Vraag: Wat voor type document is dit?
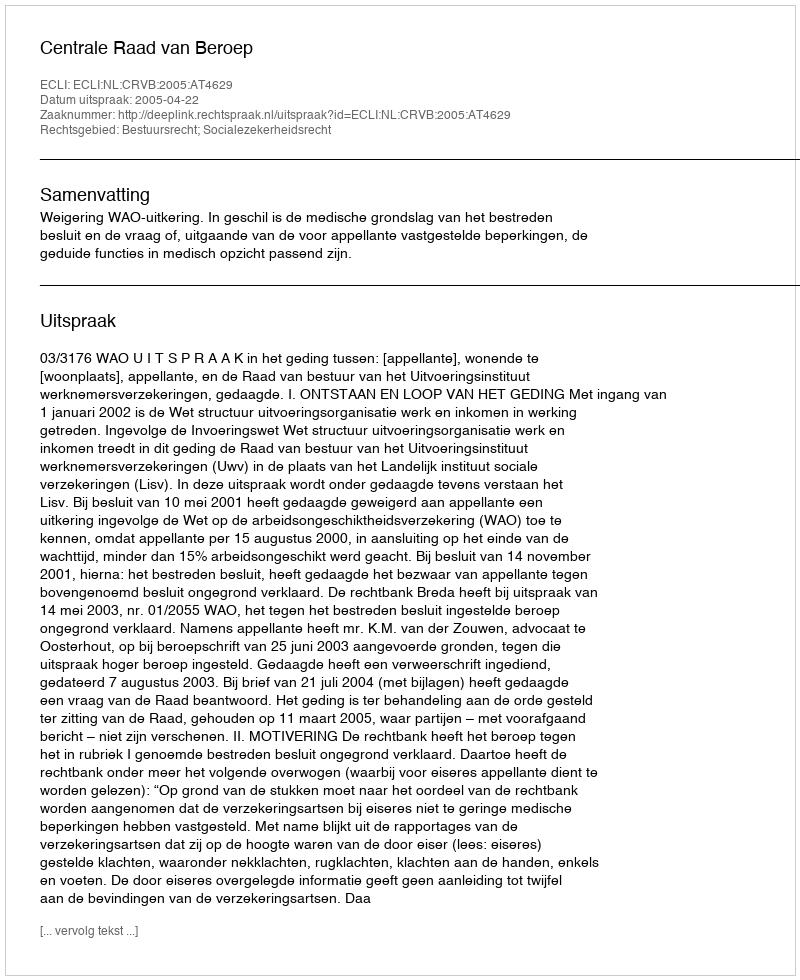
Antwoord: Uitspraak